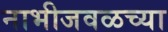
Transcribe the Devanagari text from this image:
नाभीजवळच्या